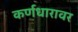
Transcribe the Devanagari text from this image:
कर्णधारावर